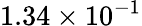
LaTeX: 1.34\times 10^{-1}